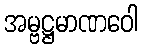
အမ္ဗဋ္ဌမာဏဝေါ